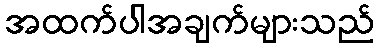
အထက်ပါအချက်များသည်